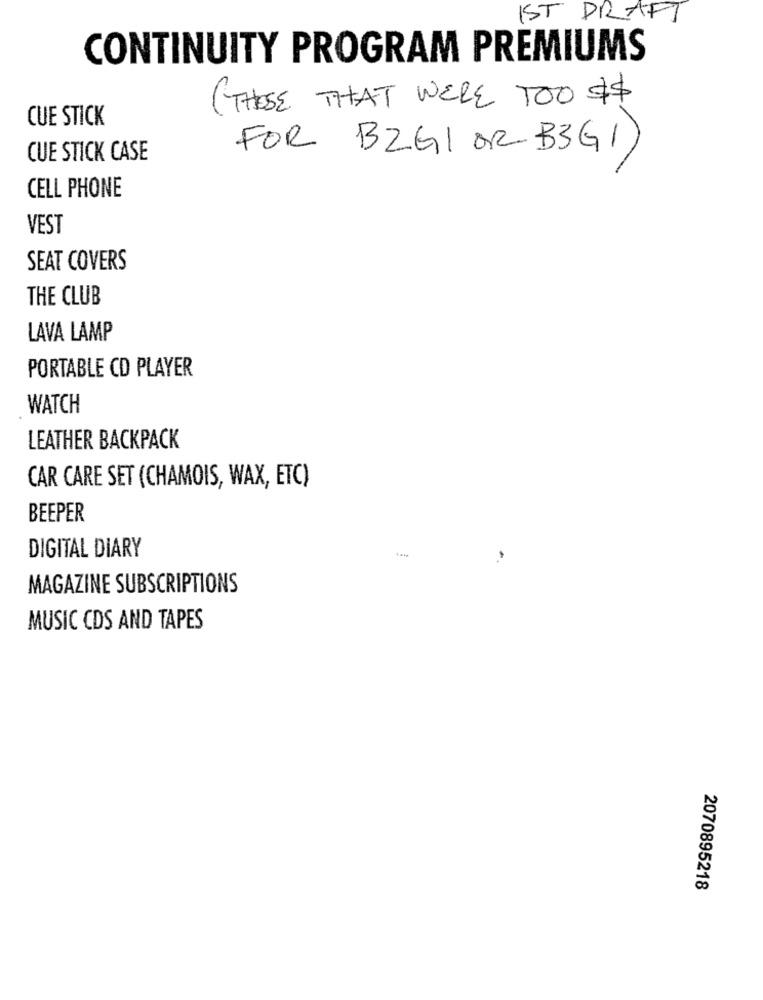
IST DRAFT
CONTINUITY PROGRAM PREMIUMS
( THOSE THAT WERE TOO $$
CUE STICK
FOR BZGL OR BEG1)
CUE STICK CASE
CELL PHONE
VEST
SEAT COVERS
THE CLUB
LAVA LAMP
PORTABLE CD PLAYER
WATCH
LEATHER BACKPACK
CAR CARE SET (CHAMOIS, WAX, ETC)
BEEPER
DIGITAL DIARY
MAGAZINE SUBSCRIPTIONS
MUSIC CDS AND TAPES
2070895218